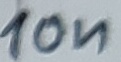
Text: 10n